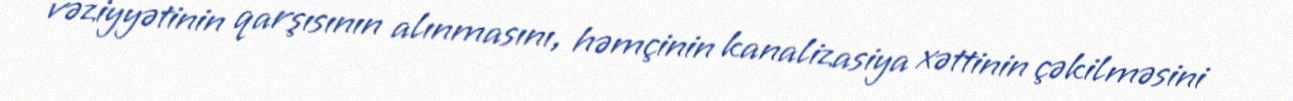
vəziyyətinin qarşısının alınmasını, həmçinin kanalizasiya xəttinin çəkilməsini